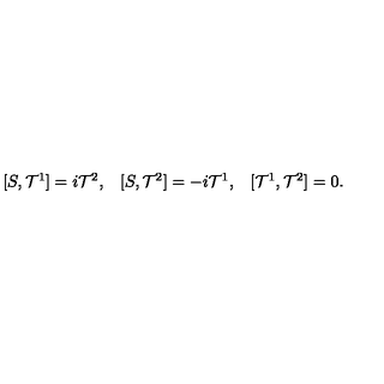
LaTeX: \begin{array} { l l l } { [ S , { \cal T } ^ { 1 } ] = i { \cal T } ^ { 2 } , } & { [ S , { \cal T } ^ { 2 } ] = - i { \cal T } ^ { 1 } , } & { [ { \cal T } ^ { 1 } , { \cal T } ^ { 2 } ] = 0 . } \\ \end{array}